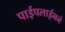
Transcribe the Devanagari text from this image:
पाईपलाईनने